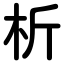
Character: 析